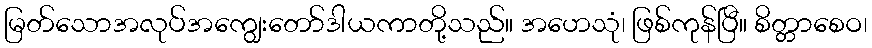
မြတ်သောအလုပ်အကျွေးတော်ဒါယကာတို့သည်။ အဟေသုံ၊ ဖြစ်ကုန်ပြီ။ စိတ္တာစေဝ၊